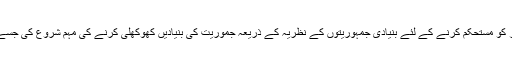
ایوب خان نے اپنے اقتدار کو مستحکم کرنے کے لئے بنیادی جمہوریتوں کے نظریہ کے ذریعہ جموریت کی بنیادیں کھوکھلی کرنے کی مہم شروع کی جسے عوام نے قبول نہیں کیا۔